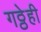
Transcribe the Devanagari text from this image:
गठ्ठेही